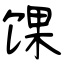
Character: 馃